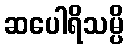
ဆပေါရိသမ္ပိ